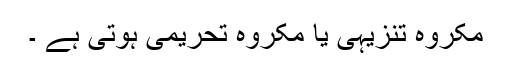
مکروہِ تَنزیہی یا مکروہِ تَحریمی ہوتی ہے ۔